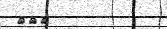
١٩٥